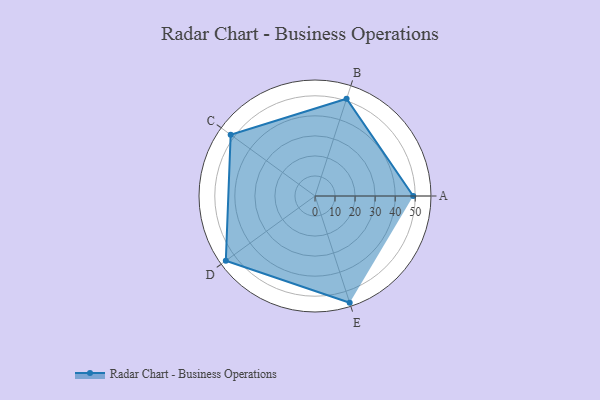
{"axis": {"x": "Skill", "y": "Score"}, "legend": ["Profile"], "data": [{"x": "A", "y": 49.0, "type": "Profile"}, {"x": "B", "y": 51.0, "type": "Profile"}, {"x": "C", "y": 52.0, "type": "Profile"}, {"x": "D", "y": 55.0, "type": "Profile"}, {"x": "E", "y": 56.0, "type": "Profile"}]}